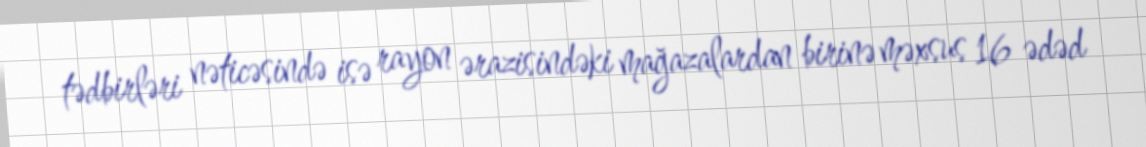
tədbirləri nəticəsində isə rayon ərazisindəki mağazalardan birinə məxsus 16 ədəd